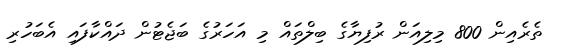
ތެރެއިން 800 މިލިއަން ރުފިޔާގެ ބިލްތައް މި އަހަރުގެ ބަޖެޓުން ދައްކާފައި އެބަހުރި